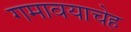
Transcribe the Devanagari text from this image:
गमावयाचेह